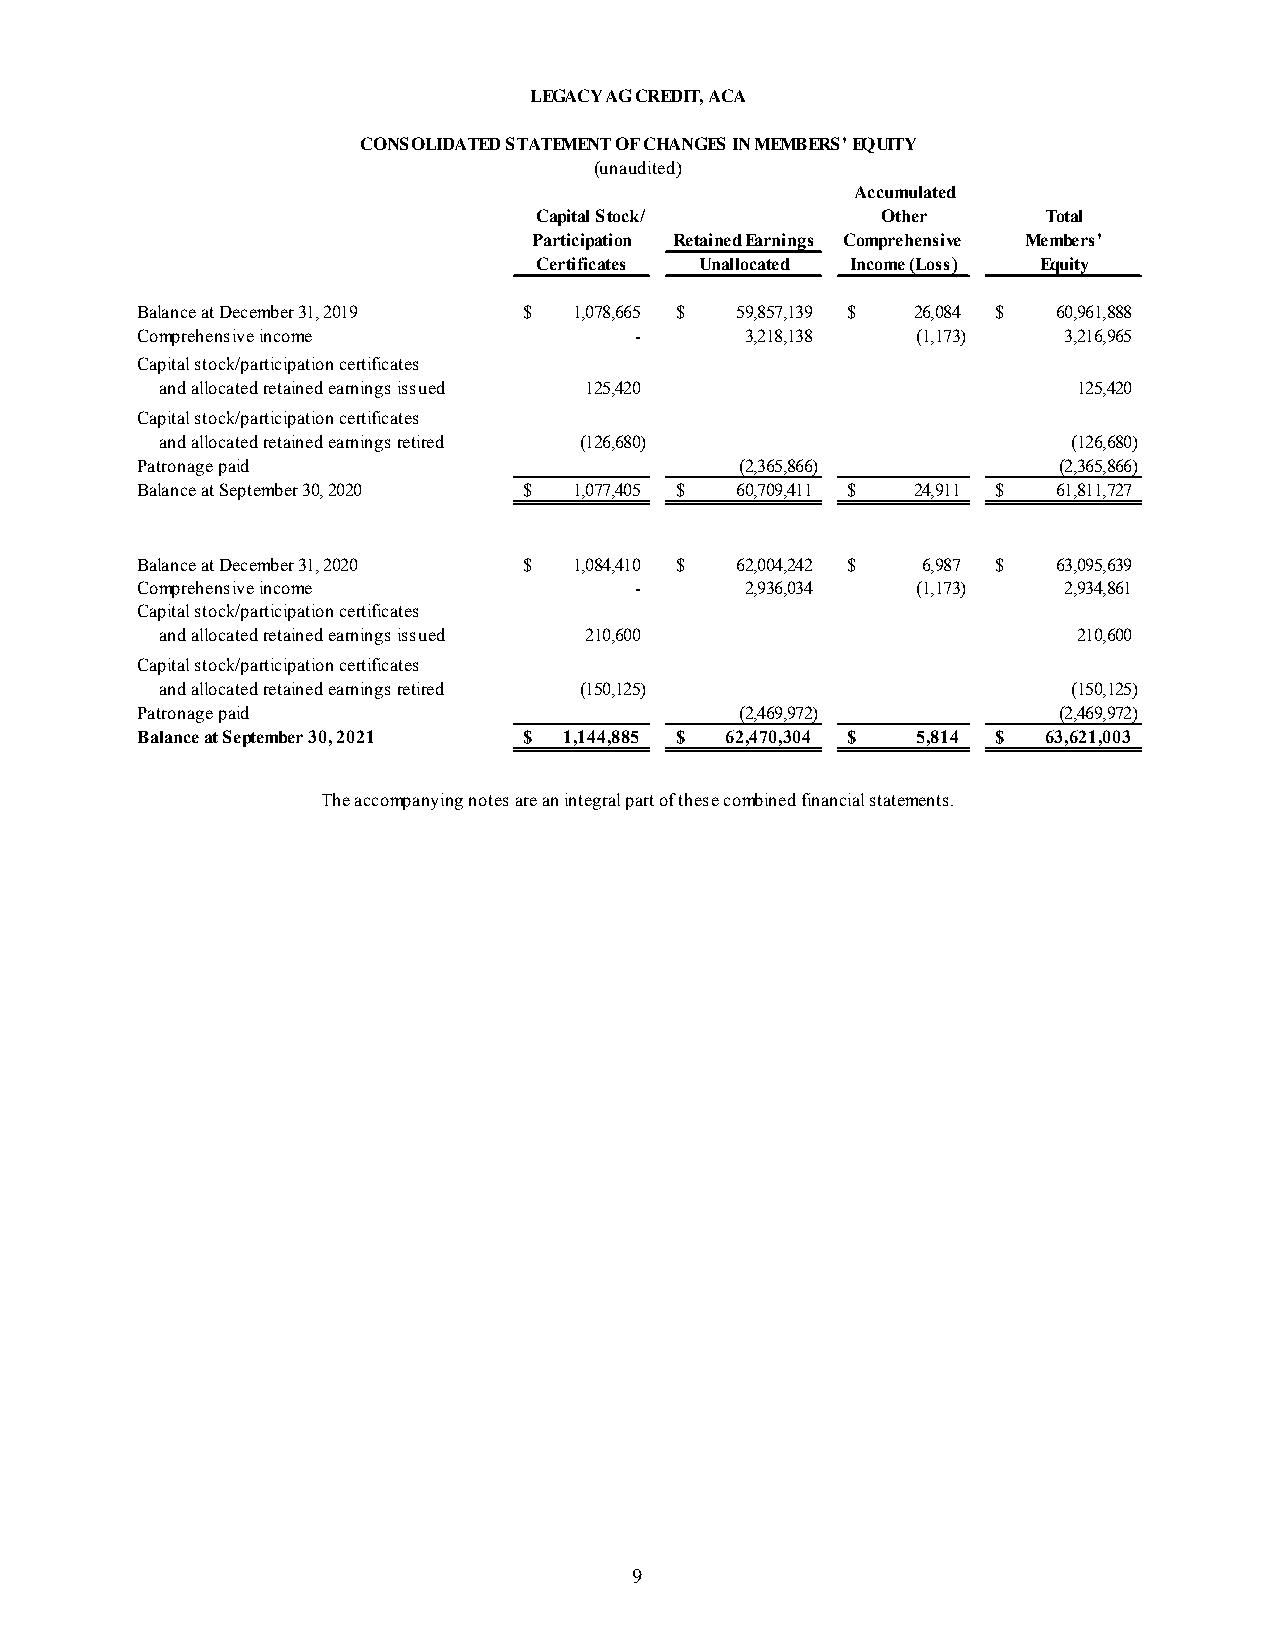
LEGACY AG CREDIT, ACA
 CONSOLIDATED STATEMENT OF CHANGES IN MEMBERS' EQUITY
 (unaudited)
 Accumulated
 Capital Stock/         Other      Total
 Participation Retained Earnings Comprehensive Members'
 Certificates Unallocated Income (Loss) Equity
 Balance at December 31, 2019 $ 1,078,665 $ 59,857,139 $ 26,084 $ 60,961,888
 Comprehensive income             -      3,218,138   (1,173)  3,216,965
 Capital stock/participation certificates
 and allocated retained earnings issued 125,420               125,420
 Capital stock/participation certificates
 and allocated retained earnings retired (126,680)            ( 126,680)
 Patronage paid                          ( 2,365,866)         ( 2,365,866)
 Balance at September 30, 2020 $ 1,077,405 $ 60,709,411 $ 24,911 $ 61,811,727
 Balance at December 31, 2020 $ 1,084,410 $ 62,004,242 $ 6,987 $ 63,095,639
 Comprehensive income             -      2,936,034   (1,173)  2,934,861
 Capital stock/participation certificates
 and allocated retained earnings issued 210,600               210,600
 Capital stock/participation certificates
 and allocated retained earnings retired (150,125)            ( 150,125)
 Patronage paid                          ( 2,469,972)         ( 2,469,972)
 Balance at September 30, 2021 $ 1 ,144,885 $ 62,470,304 $ 5 ,814 $ 63,621,003
 The accompanying notes are an integral part of these combined financial statements.
 9